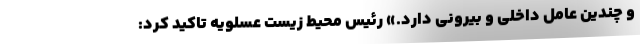
و چندین عامل داخلی و بیرونی دارد.» رئیس محیط زیست عسلویه تاکید کرد: